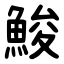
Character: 鮻